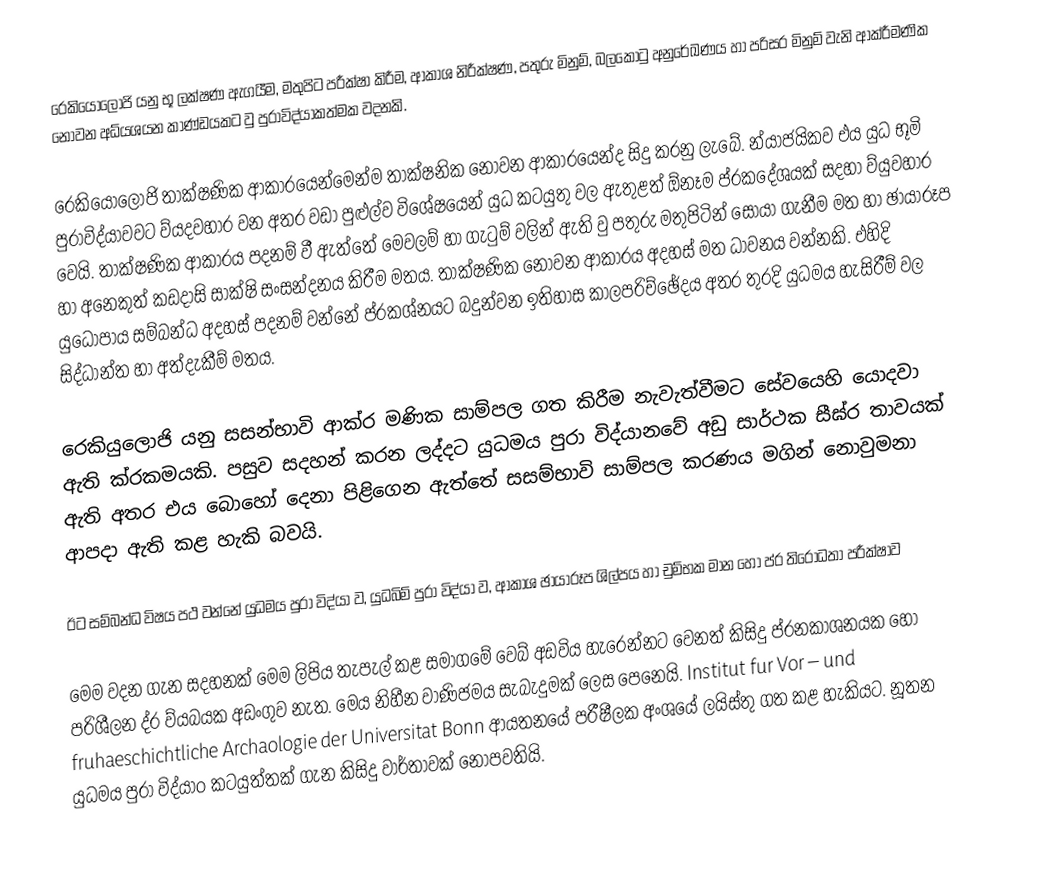
රෙකියෝලොජි යනු භූ ලක්ෂණ ඇගයීම, මතුපිට පරීක්ෂා කිරීම, ආකාශ නිරීක්ෂණ, පතුරු මිනුම්, බලකොටු අනුරේඛණය හා පරිසර මිනුම් වැනි ආක්රීමණික නොවන අධ්යශයන කාණ්ඩයකට වු පුරාවිද්යාකත්මක වදනකි.

රෙකියෝලොජි තාක්ෂණික ආකාරයෙන්මෙන්ම තාක්ෂනික නොවන ආකාරයෙන්ද සිදු කරනු ලැබේ. න්යාජයිකව එය යුධ භූමි පුරාවිද්යාවවට ව්යදවහාර වන අතර වඩා පුළුල්ව විශේෂයෙන් යුධ කටයුතු වල ඇතුළත් ඕනෑම ප්රකදේශයක් සදහා ව්යුවහාර‍ වෙයි. තාක්ෂණික ආකාරය පදනම් වී ඇත්තේ මෙවලම් හා ගැටුම් වලින් ඇති වු පතුරු මතුපිටින් සොයා ගැනීම මත හා ඡායාරූප හා අනෙකුත් කඩදාසි සාක්ෂි සංසන්දනය කිරීම මතය. තාක්ෂණික නොවන ආකාරය අදහස් මත ධාවනය වන්නකි. එහිදි යුධෝපාය සම්බන්ධ අදහස් පදනම් වන්නේ ප්රකශ්නයට බදුන්වන ඉතිහාස කාලපරිච්ඡේදය අතර තුරදි යුධමය හැසිරීම් වල සිද්ධාන්ත හා අත්දැකීම් මතය.

රෙකියුලොජි යනු සසන්භාවි ආක්ර මණික සාම්පල ගත කිරීම නැවැත්වීමට සේවයෙහි යොදවා ඇති ක්රකමයකි. පසුව සදහන් කරන ලද්දට යුධමය පුරා විද්යානවේ අඩු සාර්ථක සීඝ්ර තාවයක් ඇති අතර එය බොහෝ දෙනා පිළිගෙන ඇත්තේ සසම්භාවි සාම්පල කරණය මගින් නොවුමනා ආපදා ඇති කළ හැකි බවයි.

ඊට සම්බන්ධ විෂය පථ වන්නේ යුධමය පුරා විද්යා ව, යුධබිම් පුරා විද්යා ව, ආකාශ ඡායාරූප ශිල්පය හා චුම්භක මාන හෝ ප්ර තිරෝධතා පරීක්ෂාව

මෙම වදන ගැන සදහනක් මෙම ලිපිය තැපැල් කළ සමාගමේ වෙබ් අඩවිය හැරෙන්නට වෙනත් කිසිදු ප්රනකාශනයක හෝ පරිශීලන ද්ර ව්යබයක අඩංගුව නැත. මෙය නිහීන වාණිජමය සැබැදුමක් ලෙස පෙනෙයි. Institut fur Vor – und fruhaeschichtliche Archaologie der Universitat Bonn ආයතනයේ පරීෂීලක අංශයේ ලයිස්තු ගත කළ හැකියට. නූතන යුධමය පුරා විද්යාo කටයුත්තක් ගැන කිසිදු වාර්තාවක් නොපවතියි.